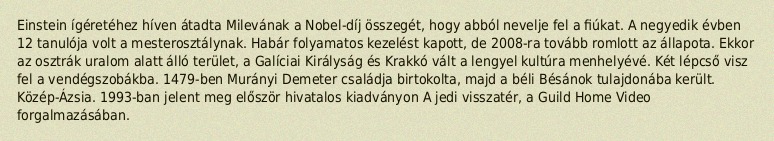
Einstein ígéretéhez híven átadta Milevának a Nobel-díj összegét, hogy abból nevelje fel a fiúkat. A negyedik évben 12 tanulója volt a mesterosztálynak. Habár folyamatos kezelést kapott, de 2008-ra tovább romlott az állapota. Ekkor az osztrák uralom alatt álló terület, a Galíciai Királyság és Krakkó vált a lengyel kultúra menhelyévé. Két lépcső visz fel a vendégszobákba. 1479-ben Murányi Demeter családja birtokolta, majd a béli Bésánok tulajdonába került. Közép-Ázsia. 1993-ban jelent meg először hivatalos kiadványon A jedi visszatér, a Guild Home Video forgalmazásában.